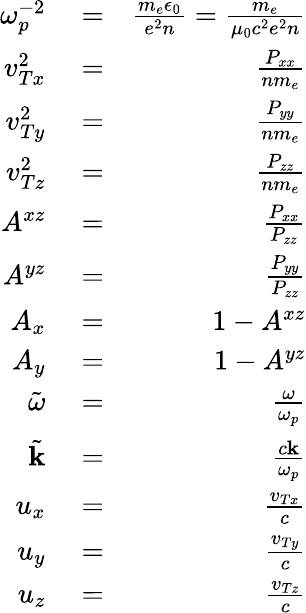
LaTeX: \begin{array}{rlr}{\omega_{p}^{-2}}&{{}=}&{{\frac{m_{e}\epsilon_{0}}{e^{2}n}}={\frac{m_{e}}{\mu_{0}c^{2}e^{2}n}}}\\ {v_{Tx}^{2}}&{{}=}&{{\frac{P_{xx}}{nm_{e}}}}\\ {v_{Ty}^{2}}&{{}=}&{{\frac{P_{yy}}{nm_{e}}}}\\ {v_{Tz}^{2}}&{{}=}&{{\frac{P_{zz}}{nm_{e}}}}\\ {A^{xz}}&{{}=}&{\frac{P_{xx}}{P_{zz}}}\\ {A^{yz}}&{{}=}&{\frac{P_{yy}}{P_{zz}}}\\ {A_{x}}&{{}=}&{1-A^{xz}}\\ {A_{y}}&{{}=}&{1-A^{yz}}\\ {\tilde{\omega}}&{{}=}&{\frac{\omega}{\omega_{p}}}\\ {\tilde{\mathbf k}}&{{}=}&{\frac{c\mathbf k}{\omega_{p}}}\\ {u_{x}}&{{}=}&{\frac{v_{Tx}}{c}}\\ {u_{y}}&{{}=}&{\frac{v_{Ty}}{c}}\\ {u_{z}}&{{}=}&{\frac{v_{Tz}}{c}}\end{array}